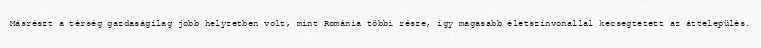
Másrészt a térség gazdaságilag jobb helyzetben volt, mint Románia többi része, így magasabb életszínvonallal kecsegtetett az áttelepülés.